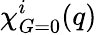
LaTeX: \chi_{G=0}^{i}(q)